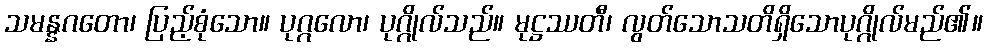
သမန္နဂတော၊ ပြည့်စုံသော။ ပုဂ္ဂလော၊ ပုဂ္ဂိုလ်သည်။ မုဋ္ဌဿတီ၊ လွတ်သောသတိရှိသောပုဂ္ဂိုလ်မည်၏။